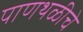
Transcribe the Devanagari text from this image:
पाणथळीचे